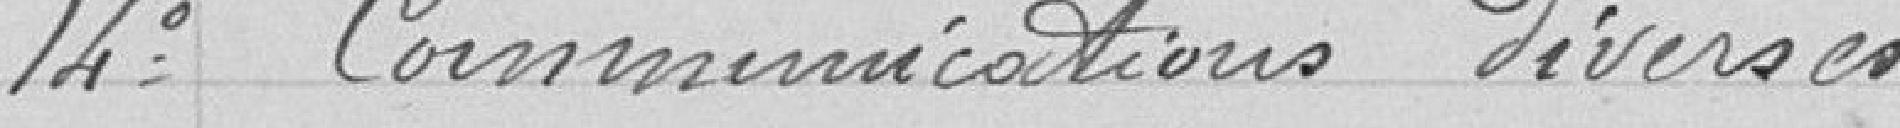
14° Communications diverses